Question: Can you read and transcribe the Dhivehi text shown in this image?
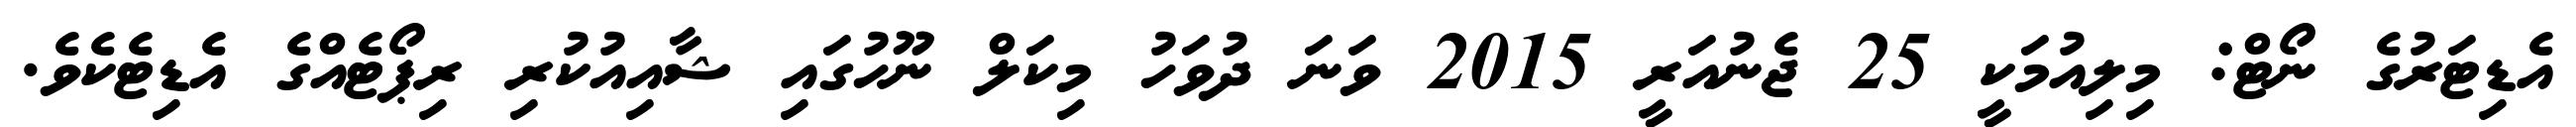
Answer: އެޑިޓަރުގެ ނޯޓް: މިލިއުމަކީ 25 ޖެނުއަރީ 2015 ވަނަ ދުވަހު މިކަލް ނޫހުގައި ޝާއިއުކުރި ރިޕޯޓެއްގެ އެޑިޓެކެވެ.